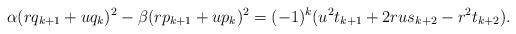
LaTeX: \begin{align*}\alpha(rq_{k+1}+uq_k)^2-\beta(rp_{k+1}+up_k)^2=(-1)^k(u^2t_{k+1}+2rus_{k+2}-r^2t_{k+2}).\end{align*}